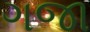
ગજા